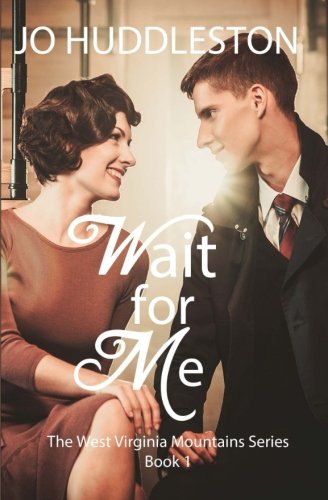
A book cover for Wait For Me (The West Virginia Mountains Series) (Volume 1); Jo Huddleston; Romance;